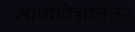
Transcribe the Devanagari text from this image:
भाषाविज्ञानेतर